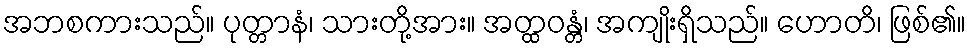
အဘစကားသည်။ ပုတ္တာနံ၊ သားတို့အား။ အတ္ထဝန္တံ၊ အကျိုးရှိသည်။ ဟောတိ၊ ဖြစ်၏။